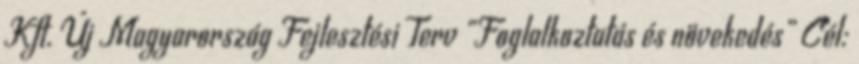
Kft. Új Magyarország Fejlesztési Terv „Foglalkoztatás és növekedés” Cél: